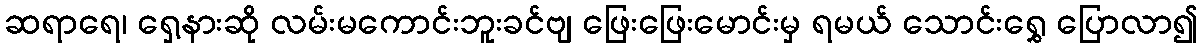
ဆရာရေ၊ ရှေ့နားဆို လမ်းမကောင်းဘူးခင်ဗျ ဖြေးဖြေးမောင်းမှ ရမယ် သောင်းရွှေ ပြောလာ၍